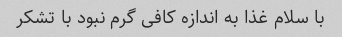
با سلام غذا به اندازه کافی گرم نبود با تشکر